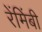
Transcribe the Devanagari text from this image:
रेंमिंबी